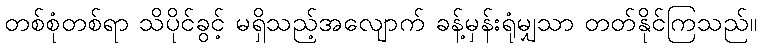
တစ်စုံတစ်ရာ သိပိုင်ခွင့် မရှိသည့်အလျောက် ခန့်မှန်းရုံမျှသာ တတ်နိုင်ကြသည်။